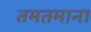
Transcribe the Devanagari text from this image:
तमतमाना